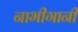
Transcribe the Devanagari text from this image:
नाभीगानी